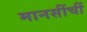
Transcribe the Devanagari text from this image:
मानसींचीं